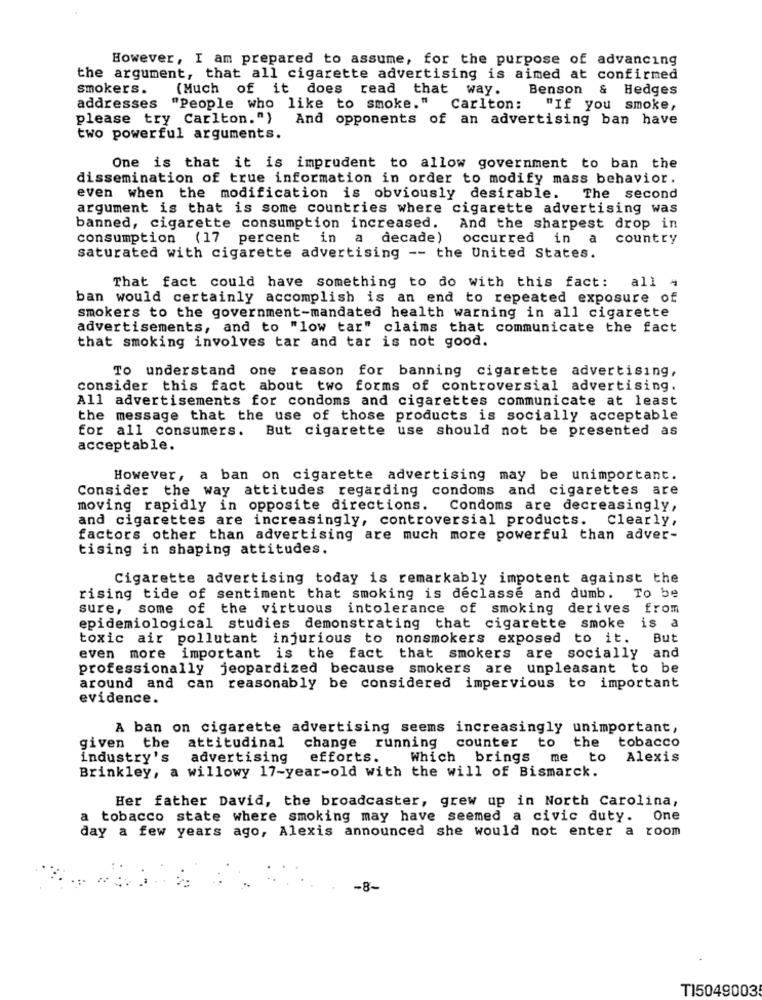
However, I am prepared to assume, for the purpose of advancing
the argument, that all cigarette advertising is aimed at confirmed
smokers.
(Much of it does read that way.
Benson & Hedges
addresses "People who like to smoke." Carlton:
"If you smoke,
please try Carlton.")
And opponents of an advertising ban have
two powerful arguments.
One is that it is imprudent to allow government to ban the
dissemination of true information in order to modify mass behavior.
even when the modification is obviously desirable.
The second
argument is that is some countries where cigarette advertising was
banned, cigarette consumption increased.
And the sharpest drop in
consumption (17 percent in a decade)
occurred in a
country
saturated with cigarette advertising -- the United States.
That fact could have something to do with this fact: all 4
ban would certainly accomplish is an end to repeated exposure of
smokers to the government-mandated health warning in all cigarette
advertisements, and to "low tar" claims that communicate the fact
that smoking involves tar and tar is not good.
To understand one reason for banning cigarette advertising,
consider this fact about two forms of controversial advertising.
All advertisements for condoms and cigarettes communicate at least
the message that the use of those products is socially acceptable
for all consumers.
But cigarette use should not be presented as
acceptable.
However, a ban on cigarette advertising may be unimportant.
Consider the way attitudes regarding condoms and cigarettes are
moving rapidly in opposite directions.
Condoms are decreasingly,
and cigarettes are increasingly, controversial products. Clearly,
factors other than advertising are much more powerful than adver-
tising in shaping attitudes.
Cigarette advertising today is remarkably impotent against the
rising tide of sentiment that smoking is declasse and dumb. To be
sure, some of the virtuous intolerance of smoking derives from
epidemiological studies demonstrating that cigarette smoke is a
toxic air pollutant injurious to nonsmokers exposed to it. But
and
even more important is the fact that smokers
are socially
professionally jeopardized because smokers are unpleasant to be
around and can reasonably be considered impervious to important
evidence.
A ban on cigarette advertising seems increasingly unimportant,
counter to
the tobacco
given the attitudinal
change running
industry's
advertising
efforts.
Which brings me to
Alexis
Brinkley, a willowy 17-year-old with the will of Bismarck.
Her father David, the broadcaster, grew up in North Carolina,
tobacco state where smoking may have seemed a civic duty. One
day a few years ago, Alexis announced she would not enter a room
-8-
TI5049003